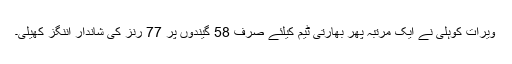
ویرات کوہلی نے ایک مرتبہ پھر بھارتی ٹیم کیلئے صرف 58 گیندوں پر 77 رنز کی شاندار اننگز کھیلی۔